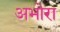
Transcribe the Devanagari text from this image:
अभोरा